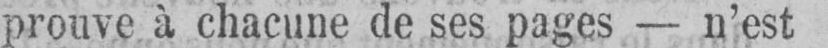
prouve à chacune de ses pages - n’est